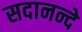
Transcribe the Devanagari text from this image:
सदानन्दे